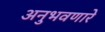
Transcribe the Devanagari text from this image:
अनुभवणारे